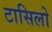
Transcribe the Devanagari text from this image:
टासिलो